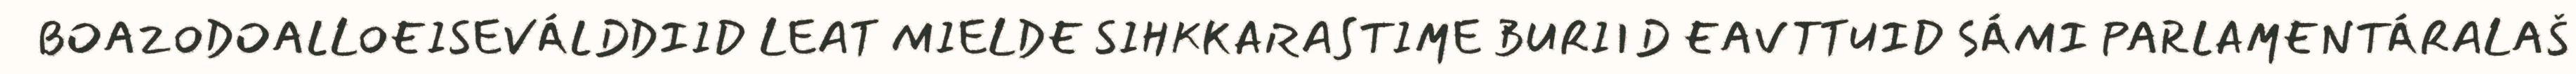
BOAZODOALLOEISEVÁLDDIID LEAT MIELDE SIHKKARASTIME BURIID EAVTTUID SÁMI PARLAMENTÁRALAŠ